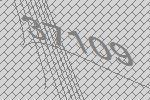
37109